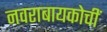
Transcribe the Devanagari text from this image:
नवराबायकोचीं